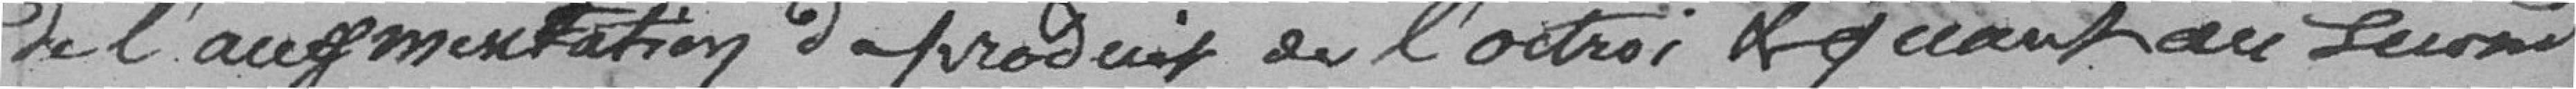
de l'augmentation de produit de l'octroi et quant au second